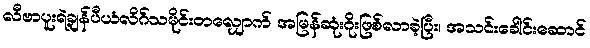
လီဗာပူးရဲ့ချန်ပီယံလိဂ်သမိုင်းတလျှောက် အမြန်ဆုံးဂိုးဖြစ်လာခဲ့ပြီး၊ အသင်းခေါင်းဆောင်